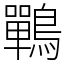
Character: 鷤